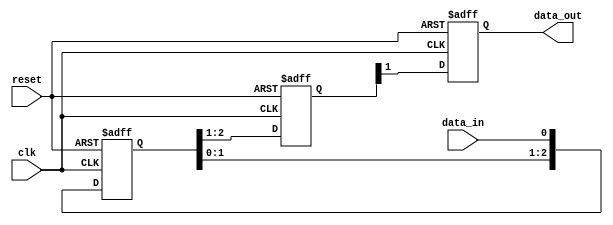
module synchronizer (
  input wire clk,
  input wire reset,
  input wire data_in,
  output wire data_out
);

  reg [2:0] buffer;
  reg [1:0] sync1, sync2;

  // Buffer flip-flop
  always @(posedge clk or posedge reset)
  begin
    if (reset)
      buffer <= 3'b0;
    else
      buffer <= {buffer[1:0], data_in};
  end

  // First synchronization flip-flop
  always @(posedge clk or posedge reset)
  begin
    if (reset)
      sync1 <= 2'b0;
    else
      sync1 <= buffer[2:1];
  end

  // Second synchronization flip-flop
  always @(posedge clk or posedge reset)
  begin
    if (reset)
      sync2 <= 1'b0;
    else
      sync2 <= sync1[1];
  end

  assign data_out = sync2;

endmodule